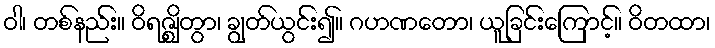
ဝါ၊ တစ်နည်း။ ဝိရဇ္ဈိတွာ၊ ချွတ်ယွင်း၍။ ဂဟဏတော၊ ယူခြင်းကြောင့်။ ဝိတထာ၊